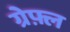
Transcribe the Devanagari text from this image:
ग्रेफ़्ल